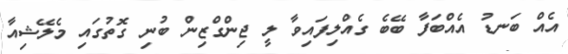
އެއް ބަނޑު އެއްބަފާ ބޭބެ ގެއްލިފައިވާ ލީ ޖިންގްޒިން ބުނި ގޮތުގައި މެލޭޝިއާ